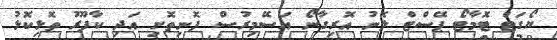
ޔޯގަޓް ޓޮމާޓޯ ޕޭސްޓް ލޮނު އޮރިގާނޯ އަސޭމިރުސް ފޮނިތޮށި އަދި ކާފޫރު ތޮޅިކޮޅު